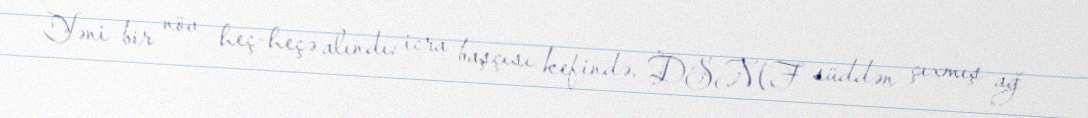
Yəni bir növ heç-heçə alındı: icra başçısı kefində, DSMF süddən çıxmış ağ